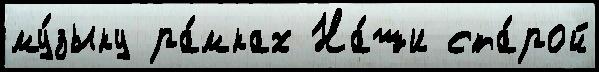
му́зыку ра́мках На́ши ста́рой